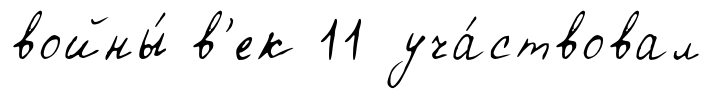
войны́ в'ек 11 уча́ствовал